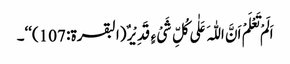
اَلَمْ تَعْلَمْ اَنَّ اللّٰہَ عَلٰی کُلِّ شَیْ ءٍ قَدِیْرٌ (البقرۃ: 107)‘‘۔